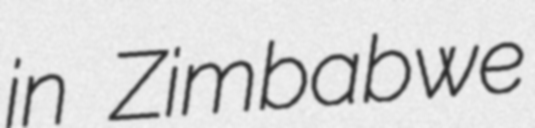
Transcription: in Zimbabwe